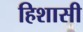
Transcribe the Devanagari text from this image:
हिशासी